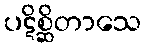
ပဋိစ္ဆိတာသေ